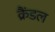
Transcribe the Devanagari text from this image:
क्रैंडल